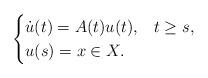
LaTeX: \begin{align*}\begin{cases}\dot{u}(t)=A(t)u(t),&t\geq s,\\u(s)=x \in X.\end{cases}\end{align*}